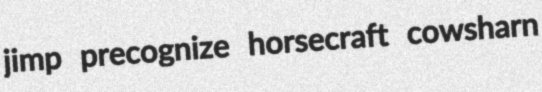
jimp precognize horsecraft cowsharn